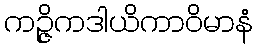
ကဉ္ဇိကဒါယိကာဝိမာနံ